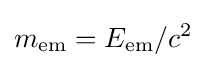
m_{\mathrm {em} }=E_{\mathrm {em} }/c^{2}